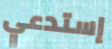
إستدعي